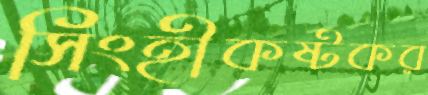
সিংহীকষ্টকর